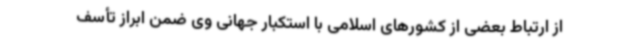
از ارتباط بعضی از کشورهای اسلامی با استکبار جهانی وی ضمن ابراز تأسف